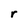
Character: r